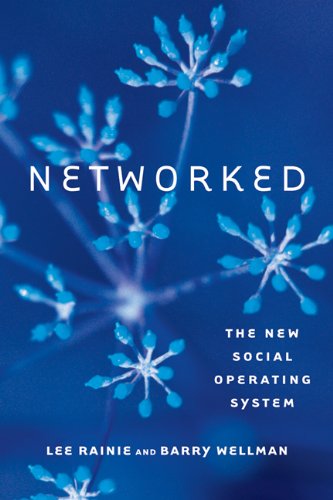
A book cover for Networked: The New Social Operating System; Lee Rainie; Computers & Technology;